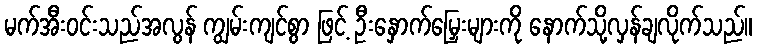
မက်အီးဝင်းသည်အလွန် ကျွမ်းကျင်စွာ ဖြင့် ဦးနှောက်မြှေးများကို နောက်သို့လှန်ချလိုက်သည်။